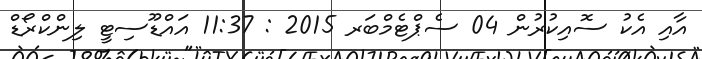
އާއި އެކު ސޮއިކުރުން 04 ސެޕްޓެމްބަރ 2015 : 11:37 އައްޑޫސިޓީ ލިންކްރޯޑް